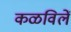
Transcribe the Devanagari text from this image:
कळविलें